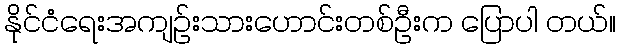
နိုင်ငံရေးအကျဉ်းသားဟောင်းတစ်ဦးက ပြောပါ တယ်။